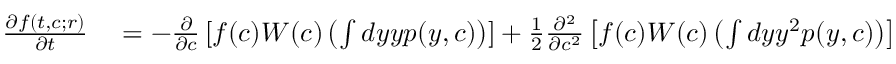
\begin{array} { r l } { \frac { \partial f ( t , c ; r ) } { \partial t } } & { { } = - \frac { \partial } { \partial c } \left[ f ( c ) W ( c ) \left( \int d y y p ( y , c ) \right) \right] + \frac { 1 } { 2 } \frac { \partial ^ { 2 } } { \partial c ^ { 2 } } \left[ f ( c ) W ( c ) \left( \int d y y ^ { 2 } p ( y , c ) \right) \right] } \end{array}